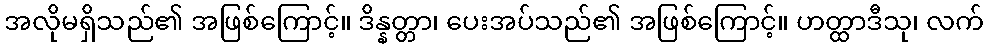
အလိုမရှိသည်၏ အဖြစ်ကြောင့်။ ဒိန္နတ္တာ၊ ပေးအပ်သည်၏ အဖြစ်ကြောင့်။ ဟတ္ထာဒီသု၊ လက်